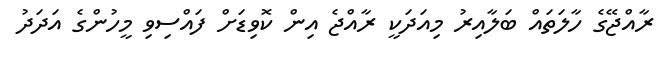
ރާއްޖޭގެ ހާލަތައް ބަލާއިރު މިއަދަކީ ރާއްޖެ އިން ކޮވިޑަށް ފައްސިވި މީހުންގެ އަދަދު